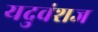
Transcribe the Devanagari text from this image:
यदुवंशज